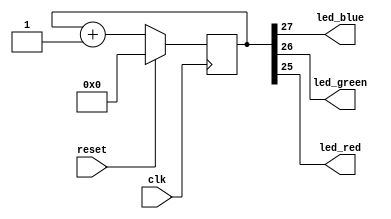
/*
 * blinky.v : Blinky demo for upduino
 */

module blinky (
            input wire clk,
            input wire reset,
            output wire led_blue,
            output wire led_green,
            output wire led_red);

    parameter N = 27;
    reg [N:0] counter;

    // combinational logic
    assign led_blue = counter[N];
    assign led_green = counter[N-1];
    assign led_red = counter[N-2];

    // sequential logic
    always @(posedge clk) begin
        if (reset)
            counter <= 0;
        else
            counter <= counter + 1;
    end
endmodule